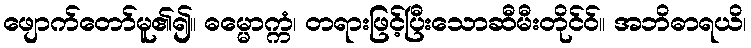
ဖျောက်တော်မူ၏၍။ ဓမ္မောက္ကံ၊ တရားဖြင့်ပြီးသောဆီမီးတိုင်ဝ်။ အဘိဓာရယိ၊